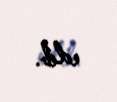
edib.